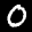
Label: 0